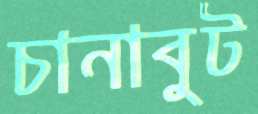
চানাবুট